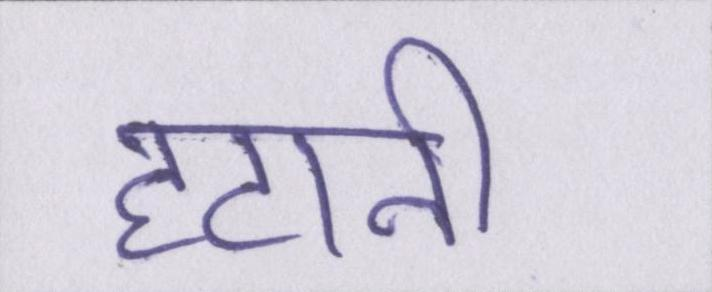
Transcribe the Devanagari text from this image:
हटानी